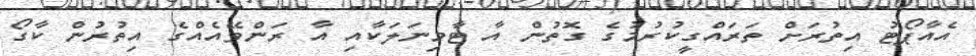
އެއާޕޯޓު އިތުރަށް ތަރައްގީކުރުމުގެ ގޮތުން އާ ޓާމިނަލަކާއި އާ ރަންވޭއެއްގެ އިތުރުން ކާގޯ